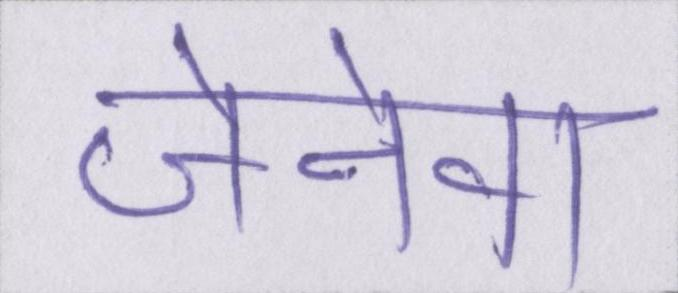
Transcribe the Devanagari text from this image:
जेनेवा